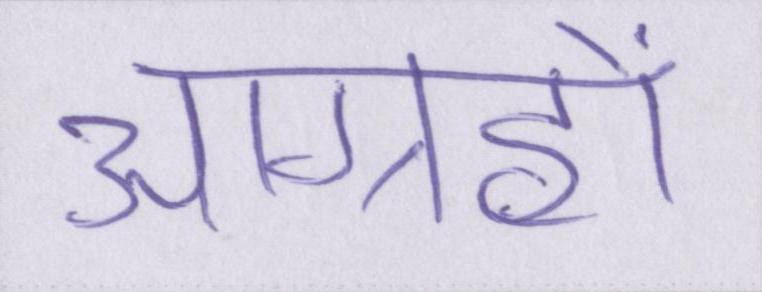
आग्रहों